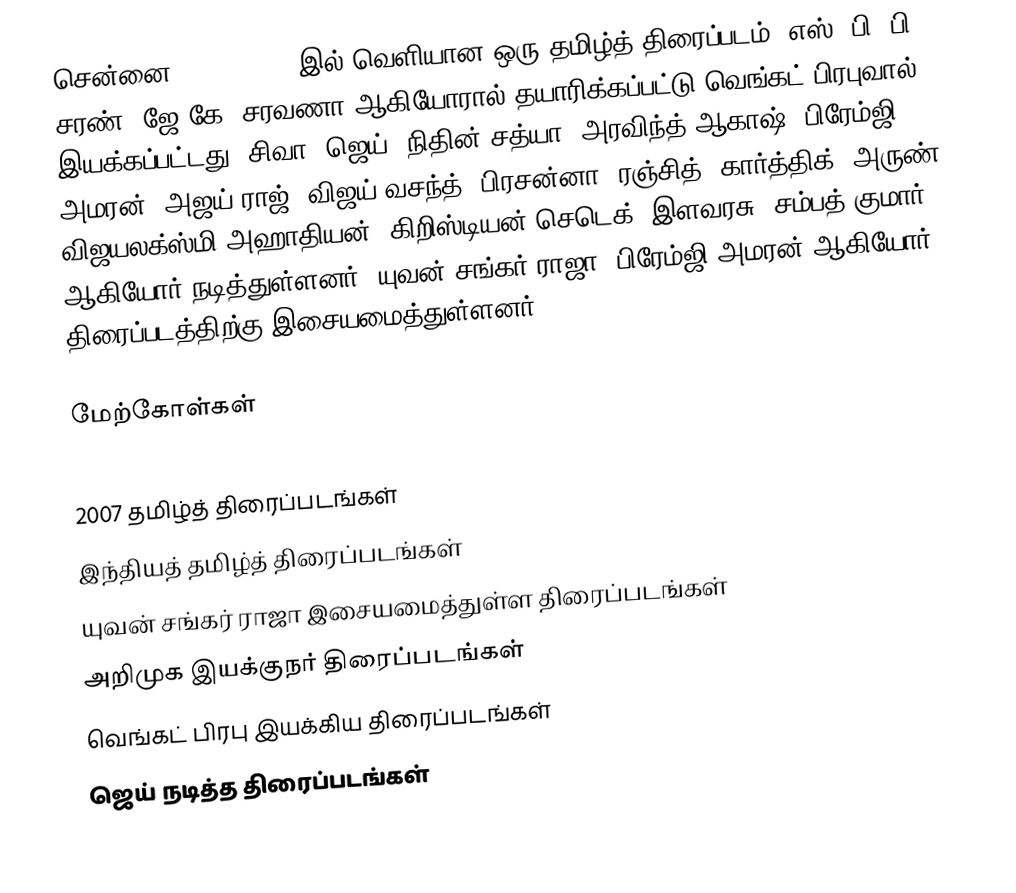
சென்னை 600028 2007 இல் வெளியான ஒரு தமிழ்த் திரைப்படம். எஸ். பி. பி. சரண், ஜே.கே. சரவணா ஆகியோரால் தயாரிக்கப்பட்டு வெங்கட் பிரபுவால் இயக்கப்பட்டது. சிவா, ஜெய், நிதின் சத்யா, அரவிந்த் ஆகாஷ், பிரேம்ஜி அமரன், அஜய் ராஜ், விஜய் வசந்த், பிரசன்னா, ரஞ்சித், கார்த்திக், அருண், விஜயலக்ஸ்மி அஹாதியன், கிறிஸ்டியன் செடெக், இளவரசு, சம்பத் குமார் ஆகியோர் நடித்துள்ளனர். யுவன் சங்கர் ராஜா, பிரேம்ஜி அமரன் ஆகியோர் திரைப்படத்திற்கு இசையமைத்துள்ளனர்.

மேற்கோள்கள்

2007 தமிழ்த் திரைப்படங்கள்
இந்தியத் தமிழ்த் திரைப்படங்கள்
யுவன் சங்கர் ராஜா இசையமைத்துள்ள திரைப்படங்கள்
அறிமுக இயக்குநர் திரைப்படங்கள்
வெங்கட் பிரபு இயக்கிய திரைப்படங்கள்
ஜெய் நடித்த திரைப்படங்கள்